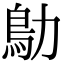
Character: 鳨